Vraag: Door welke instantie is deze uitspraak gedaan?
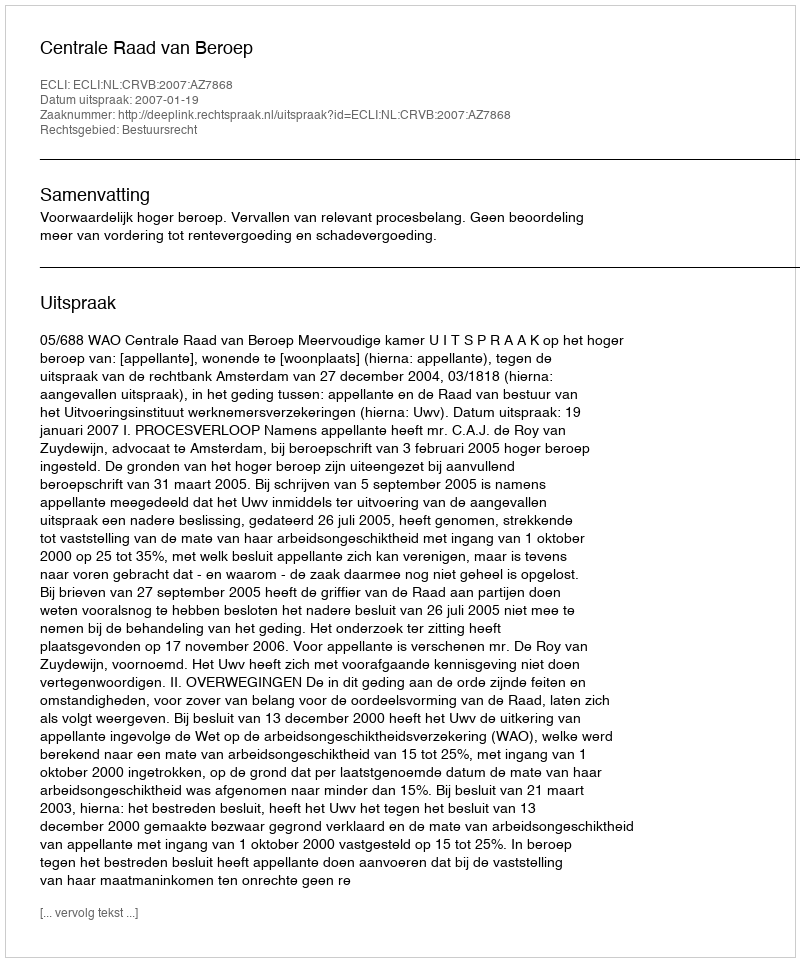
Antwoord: Centrale Raad van Beroep